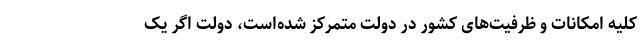
کلیه امکانات و ظرفیت‌های کشور در دولت متمرکز شده‌است، دولت اگر یک